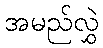
အမည်လွှဲ